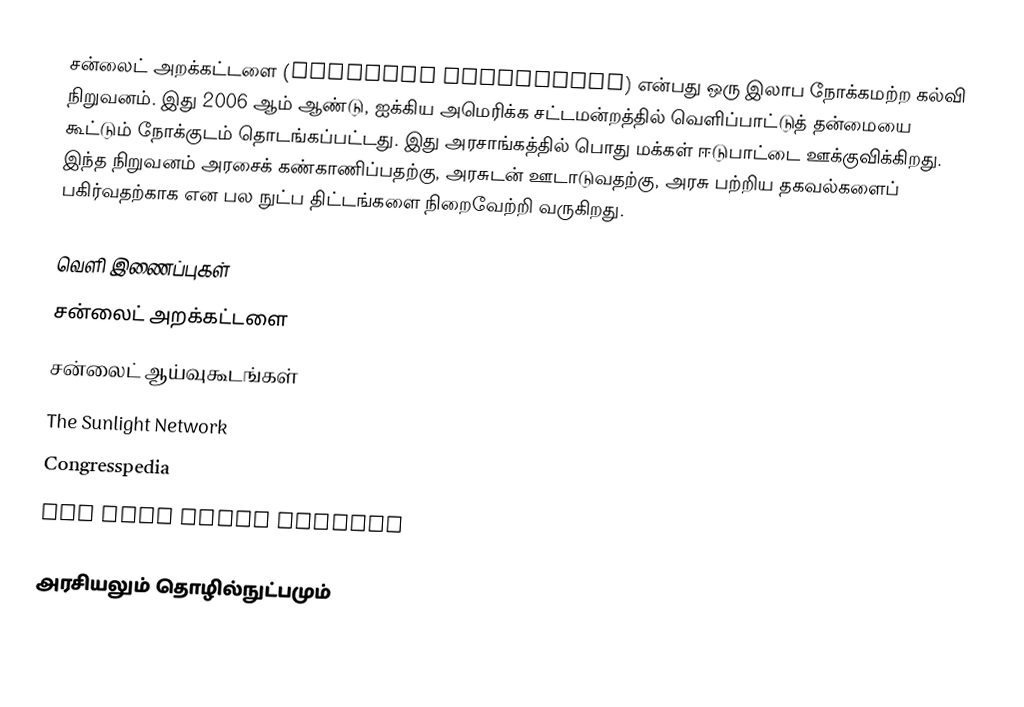
சன்லைட் அறக்கட்டளை (Sunlight Foundation) என்பது ஒரு இலாப நோக்கமற்ற கல்வி நிறுவனம். இது 2006 ஆம் ஆண்டு, ஐக்கிய அமெரிக்க சட்டமன்றத்தில் வெளிப்பாட்டுத் தன்மையை கூட்டும் நோக்குடம் தொடங்கப்பட்டது. இது அரசாங்கத்தில் பொது மக்கள் ஈடுபாட்டை ஊக்குவிக்கிறது. இந்த நிறுவனம் அரசைக் கண்காணிப்பதற்கு, அரசுடன் ஊடாடுவதற்கு, அரசு பற்றிய தகவல்களைப் பகிர்வதற்காக என பல நுட்ப திட்டங்களை நிறைவேற்றி வருகிறது.

வெளி இணைப்புகள்
சன்லைட் அறக்கட்டளை
சன்லைட் ஆய்வுகூடங்கள்
The Sunlight Network
Congresspedia
The Open House Project

அரசியலும் தொழில்நுட்பமும்